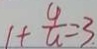
1 + \frac { 4 } { u } = 3